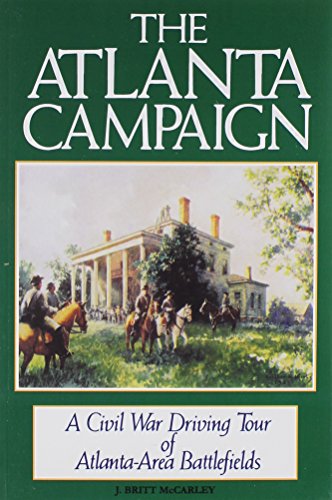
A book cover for The Atlanta Campaign: A Civil War Driving Tour of Atlanta-Area Battlefields; J. Britt McCarley; Travel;